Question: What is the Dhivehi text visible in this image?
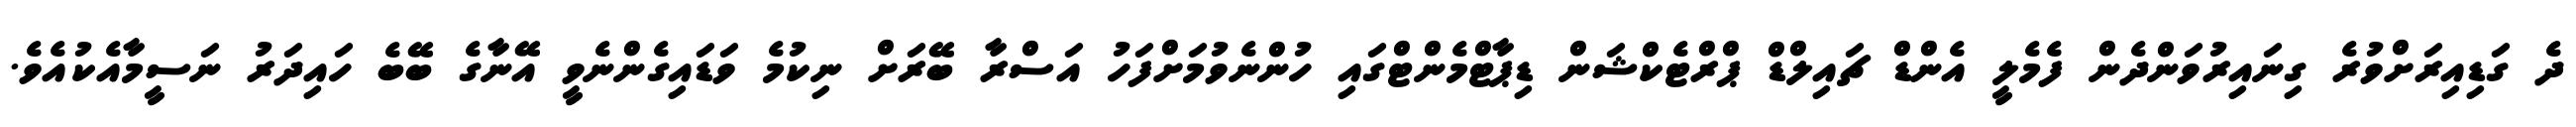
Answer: ދެ ގަޑިއިރަށްވުރެ ގިނައިރުވަންދެން ފެމެލީ އެންޑް ޗައިލްޑް ޕްރްޓެކްޝަން ޑިޕާޓްމެންޓްގައި ހުންނެވުމަށްފަހު އަސްރާ ބޭރަށް ނިކުމެ ވަޑައިގެންނެވީ އޭނާގެ ބޭބެ ހައިދަރު ނަސީމާއެކުއެވެ.